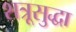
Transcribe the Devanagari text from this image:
शत्रूसुद्धा